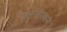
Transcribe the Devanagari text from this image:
बैक्‍टीरियल